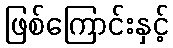
ဖြစ်ကြောင်းနှင့်